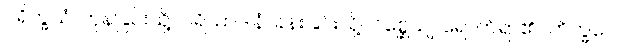
ပရိက္ခယံ၊ ကုန်ခြင်းသို့။ ပရိယာဒါနံ၊ ခန်းခြင်းသို့။ ဂစ္ဆေယျ၊ ရောက်ရာ၏။ ဘိက္ခဝေ၊